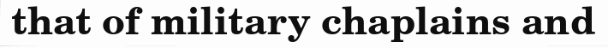
that of military chaplains and